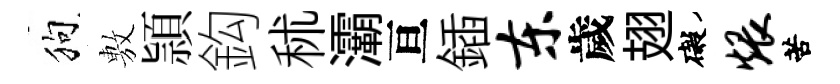
狗𢾾頴鈎秫灞亘鍤东歲翅礙煨苦